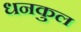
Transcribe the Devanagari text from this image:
धनकुल